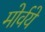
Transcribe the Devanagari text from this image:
मोर्वये